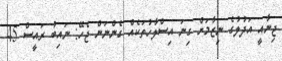
ޖިނާއީ އަދުލުގެ ނިޒާމަށް ގިނަ އިސްލާހުތަކެއް ގެންނަން ޖެހޭ: ނައިބު ރައީސް 45